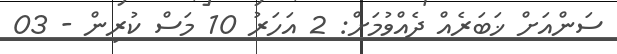
ސަންއަށް ޚަބަރެއް ދެއްވުމަށް: 2 އަހަރު 10 މަސް ކުރިން - 03